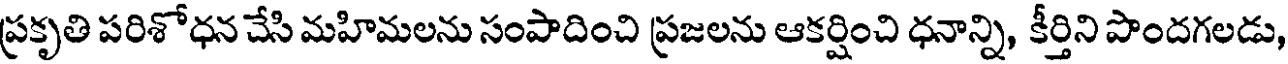
ప్రకృతి పరిశోధన చేసి మహిమలను సంపాదించి ప్రజలను ఆకర్షించి ధనాన్ని, కీర్తిని పొందగలడు,